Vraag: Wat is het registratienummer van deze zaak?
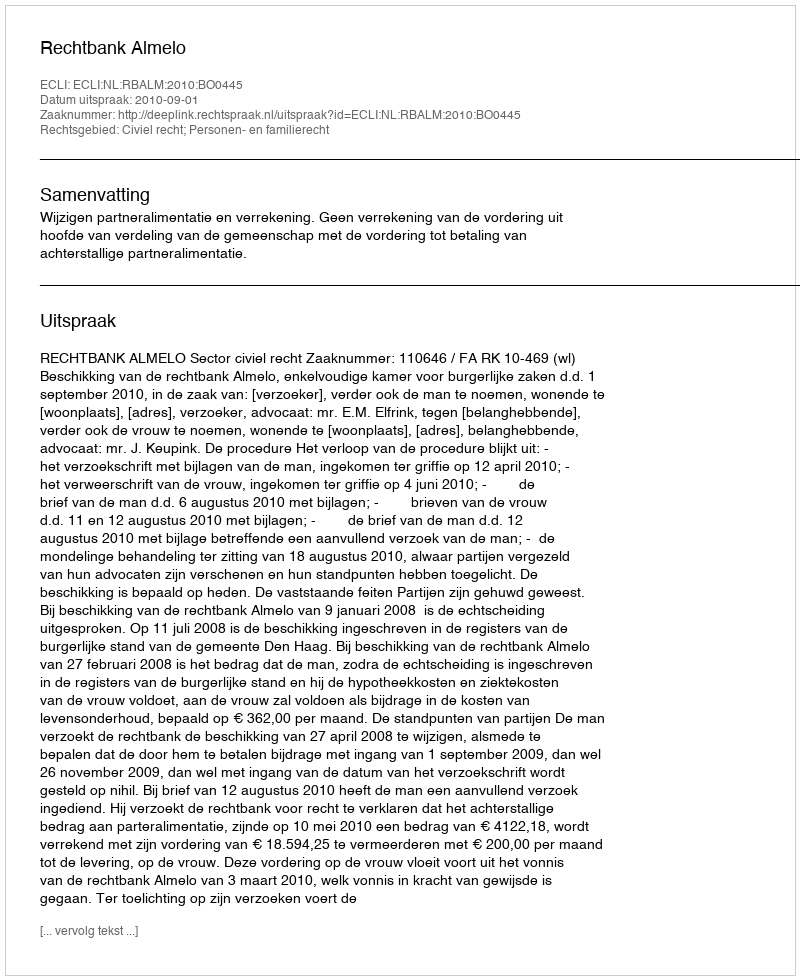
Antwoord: http://deeplink.rechtspraak.nl/uitspraak?id=ECLI:NL:RBALM:2010:BO0445